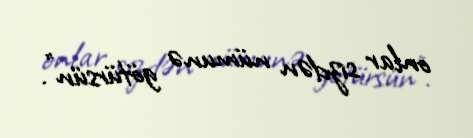
onlar sizdən nümunə götürsün”.